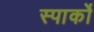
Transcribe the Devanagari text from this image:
स्पार्को